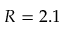
R = 2 . 1